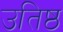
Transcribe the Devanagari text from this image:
उतिष्ठ